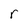
Character: r